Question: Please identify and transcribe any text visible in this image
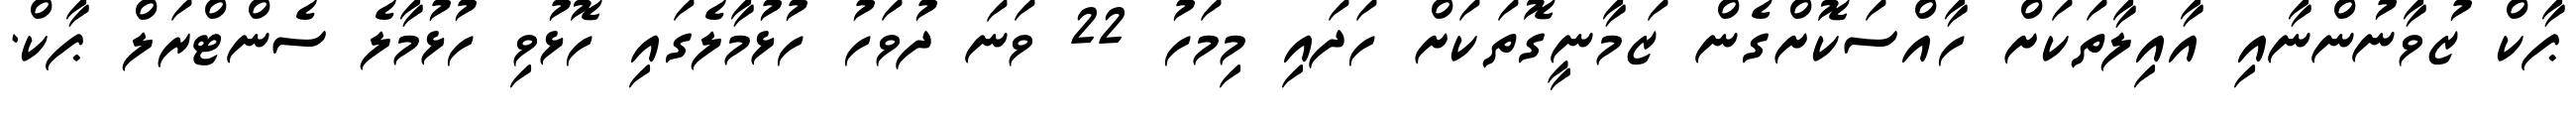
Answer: ޕާކް ޒުވާނުންނާއި އާއިލާތަކަށް ހާއްސަކޮށްގެން ޒަމާނީގޮތަކަށް ހަދައި މިމަހު 22 ވަނަ ދުވަހު ހުޅުމާލެގައި ހޮޅުވި ހުޅުމާލެ ސެންޓްރަލް ޕާކް.